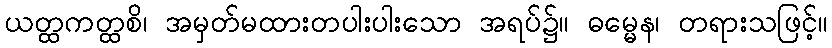
ယတ္ထကတ္ထစိ၊ အမှတ်မထားတပါးပါးသော အရပ်၌။ ဓမ္မေန၊ တရားသဖြင့်။